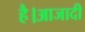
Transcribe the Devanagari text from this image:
है।आजादी